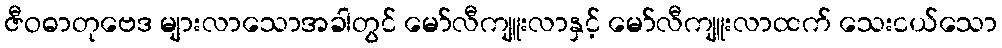
ဇီဝဓာတုဗေဒ များလာသောအခါတွင် မော်လီကျူးလာနှင့် မော်လီကျူးလာထက် သေးငယ်သော